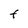
Character: t